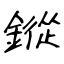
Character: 鏦